Report on horse surra - Volume II, Part II
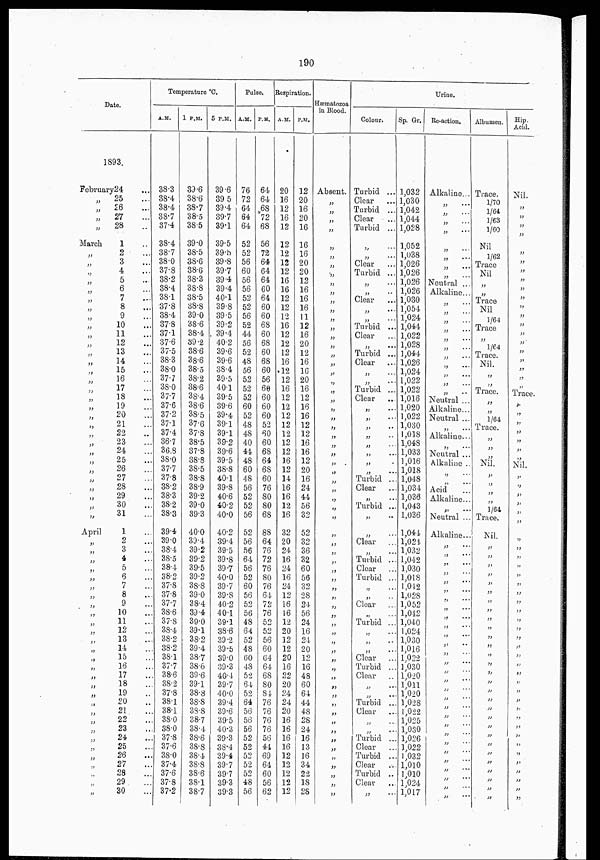
190
Date.
1893.
February 24 ...
„
„
„
„
March
„
„
„
„
„
„
„
„
„
„
„
„
„
„
„
„
„
„
„
„
„
„
„
„
„
„
„
„
„
„
April
„
„
„
„
„
„
„
„
„
„
„
„
„
„
„
„
„
„
„
„
„
„
„
„
„
„
„
„
„
25 ...
26 ...
27 ...
28 ...
1 ...
2 ...
3 ...
4 ...
5 ...
6 ...
7 ...
8 ...
9 ...
10 ...
11 ...
12 ...
13 ...
14 ...
15 ...
16 ...
17 ...
18 ...
19 ...
20 ...
21 ...
22 ...
23 ...
24 ...
25 ...
26 ...
27 ...
28 ...
29 ...
30 ...
31 ...
1 ...
2 ...
3 ...
4 ...
5 ...
6 ...
7 ...
8 ...
9 ...
10 ...
11 ...
12 ...
13 ...
14 ...
15 ...
16 ...
17 ...
18 ...
19 ...
20 ...
21 ...
22 ...
23 ...
24 ...
25 ...
26 ...
27 ...
28 ...
29 ...
30 ...
Temperature °C.
A.M.
38.3
38.4
38.4
38.7
37.4
38.4
38.7
38.0
37.8
38.2
38.4
38.1
37.8
38.4
37.8
37.1
37.6
37.5
38.3
38.0
37.7
38.0
37.7
37.6
37.2
37.1
37.4
36.7
36.8
38.0
37.7
37.8
38.2
38.3
38.2
38.3
39.4
39.0
38.4
38.5
38.4
38.2
37.8
37.8
37.7
38.6
37.8
38.4
38.2
38.2
38.1
37.7
38.6
38.2
37.3
38.1
38.1
38.0
38.0
37.3
37.6
38.0
37.4
37.6
37.8
37.2
1 P.M.
39.6
38.6
38.7
38.5
38.5
39.0
38.5
38.6
38.6
38.3
38.8
38.5
38.8
39.0
38.6
38.4
39.2
38.6
38.6
38.5
38.2
38.6
38.4
38.6
38.5
37.6
37.8
38.5
37.8
38.8
38.5
38.8
38.9
39.2
39.0
39.3
40.0
39.4
39.2
39.2
39.5
39.2
38.8
39.0
38.4
39.4
39.0
39.1
38.2
39.4
38.7
38.6
39.6
39.1
38.8
38.8
38.8
38.7
38.4
38.6
38.8
38.4
38.8
38.6
38.1
38.7
5 P.M.
39.6
39.5
39.4
39.7
39.1
39.5
39.5
39.8
39.7
39.4
39.4
40.1
39.8
39.5
39.2
39.4
40.2
39.6
39.6
38.4
39.5
40.1
39.5
39.6
39.4
39.1
39.1
39.2
39.6
39.5
38.8
40.1
39.8
40.6
40.2
40.0
40.2
39.4
39.5
39.8
39.7
40.0
39.7
39.8
40.2
40.1
39.1
38.6
39.2
39.5
39.0
39.3
40.4
39.7
40.0
39.4
39.6
39.5
40.3
39.3
38.4
39.4
39.7
39.7
39.3
39.3
Pulse.
A.M.
76
72
64
64
64
52
52
56
60
56
56
52
52
56
52
44
56
52
48
56
52
52
52
60
52
48
48
40
44
48
60
48
56
52
52
56
52
56
56
64
56
52
60
56
52
56
48
64
52
48
60
48
52
64
52
64
56
56
56
52
52
52
52
52
48
56
P.M.
64
64
68
72
68
56
72
64
64
64
60
64
60
60
68
60
68
60
68
60
56
60
60
60
60
52
60
60
68
64
68
60
76
80
80
68
88
64
76
72
76
80
76
64
72
76
52
52
56
60
64
64
68
80
84
76
76
76
76
56
44
69
64
60
56
62
Respiration.
A.M.
20
16
12
16
12
12
12
12
12
16
16
12
12
12
16
12
12
12
16
12
12
16
12
12
12
12
12
12
12
16
12
14
16
16
12
16
32
20
24
16
24
16
24
12
16
16
12
20
12
12
20
16
22
20
24
24
20
16
16
16
16
12
12
12
12
12
P.M.
12
20
16
20
16
16
16
20
20
12
16
16
16
11
12
16
20
12
16
16
20
16
12
16
16
12
12
16
16
12
20
16
24
44
56
32
52
32
36
32
60
56
32
28
24
56
24
16
24
20
12
16
48
60
64
44
48
28
24
16
18
16
34
22
18
28
Hæmatozoa
in Blood.
Absent.
„
„
„
„
„
„
„
„
„
„
„
„
„
„
„
„
„
„
„
„
„
„
„
„
„
„
„
„
„
„
„
„
„
„
„
„
„
„
„
„
„
„
„
„
„
„
„
„
„
„
„
„
„
„
„
„
„
„
„
„
„
„
„
„
„
„
Urine.
Colour.
Turbid ...
Clear
Turbid ...
Clear
Turbid ...
„
„
...
Clear
Turbid ...
„
...
„ ...
Clear
...
„ ...
„ ...
Turbid ...
Clear
...
„
...
Turbid ...
Clear
„
„ ...
Turbid ..
Clear
„ ...
„
...
„ ...
„
„
„ ...
„
„ ...
Turbid ...
Clear
„ ...
Turbid ...
„
„
Clear ...
„
Turbid ...
Clear
Turbid ...
„
„ ...
Clear
„ ...
Turbid ...
„
„ ...
„
...
Clear ...
Turbid ...
Clear ...
„ ...
„ ...
Turbid ...
Clear ...
„ ...
„ ...
Turbid ..
Clear
Turbid ...
Clear
Turbid ...
Clear
„
Sp. Gr.
1,032
1,030
1,042
1,044
1,028
1,052
1,038
1,026
1,026
1,026
1,026
1,030
1,054
1,024
1,044
1,022
1,028
1,044
1,026
1,024
1,022
1,022
1,016
1,020
1,022
1,030
1,018
1,048
1,033
1,016
1,018
1,048
1,034
1,036
1,043
1,036
1,044
1,021
1,032
1,042
1,030
1,018
1,012
1,028
1,052
1,042
1,040
1,024
1,030
1,016
1,022
l,030
1,020
1,011
1,020
1,028
1,022
1,025
1,030
1,026
1,022
1,032
1,010
1,010
1,024
1,017
Reaction.
Alkaline...
„
...
„
...
„
...
„ .....
„ ...
„
...
„ .....
„ .....
Neutral ...
Alkaline...
„ .....
„ .....
„ .....
„
...
„ ...
„
...
„
...
„
...
„
...
„
„
...
Neutral ...
Alkaline...
Neutral ...
„
...
Alkaline...
„
...
Neutral ...
Alkaline ..
„
...
„ ...
Acid
Alkaline...
„
...
Neutral ...
Alkaline...
„
...
„
...
„
...
„ ...
„
...
„
...
„
...
„
. . .
„
...
„
...
„
...
„
...
„ ...
„
...
„ ...
„ ...
„ ...
„ ...
„
...
„ ...
„ ...
„ ...
„ ...
„
...
„ ...
„ ...
„ ...
„ ...
„ ...
Albumen.
Trace.
1/70
1/64
1/63
1/60
Nil
1/62
Trace
Nil
„
„
Trace
Nil
1/64
Trace
„
1/64
Trace.
Nil.
„
„
Trace.
„
„
1/64
Trace.
„
„
„
Nil.
„
„
„
„
1/64
Trace.
Nil.
„
„
„
„
„
„
„
„
„
„
„
„
„
„
„
„
„
„
„
„
„
„
„
„
„
„
„
„
Hip.
Acid.
Nil.
„
„
„
„
„
„
„
„
„
„
„
„
„
„
„
„
„
„
Trace.
„
Nil.
„
„
„
„
„
„
„
„
„
„
„
„
„
„
„
„
„
„
„
„
„
„
„
„
„
„
„
„
„
„
„
„
„